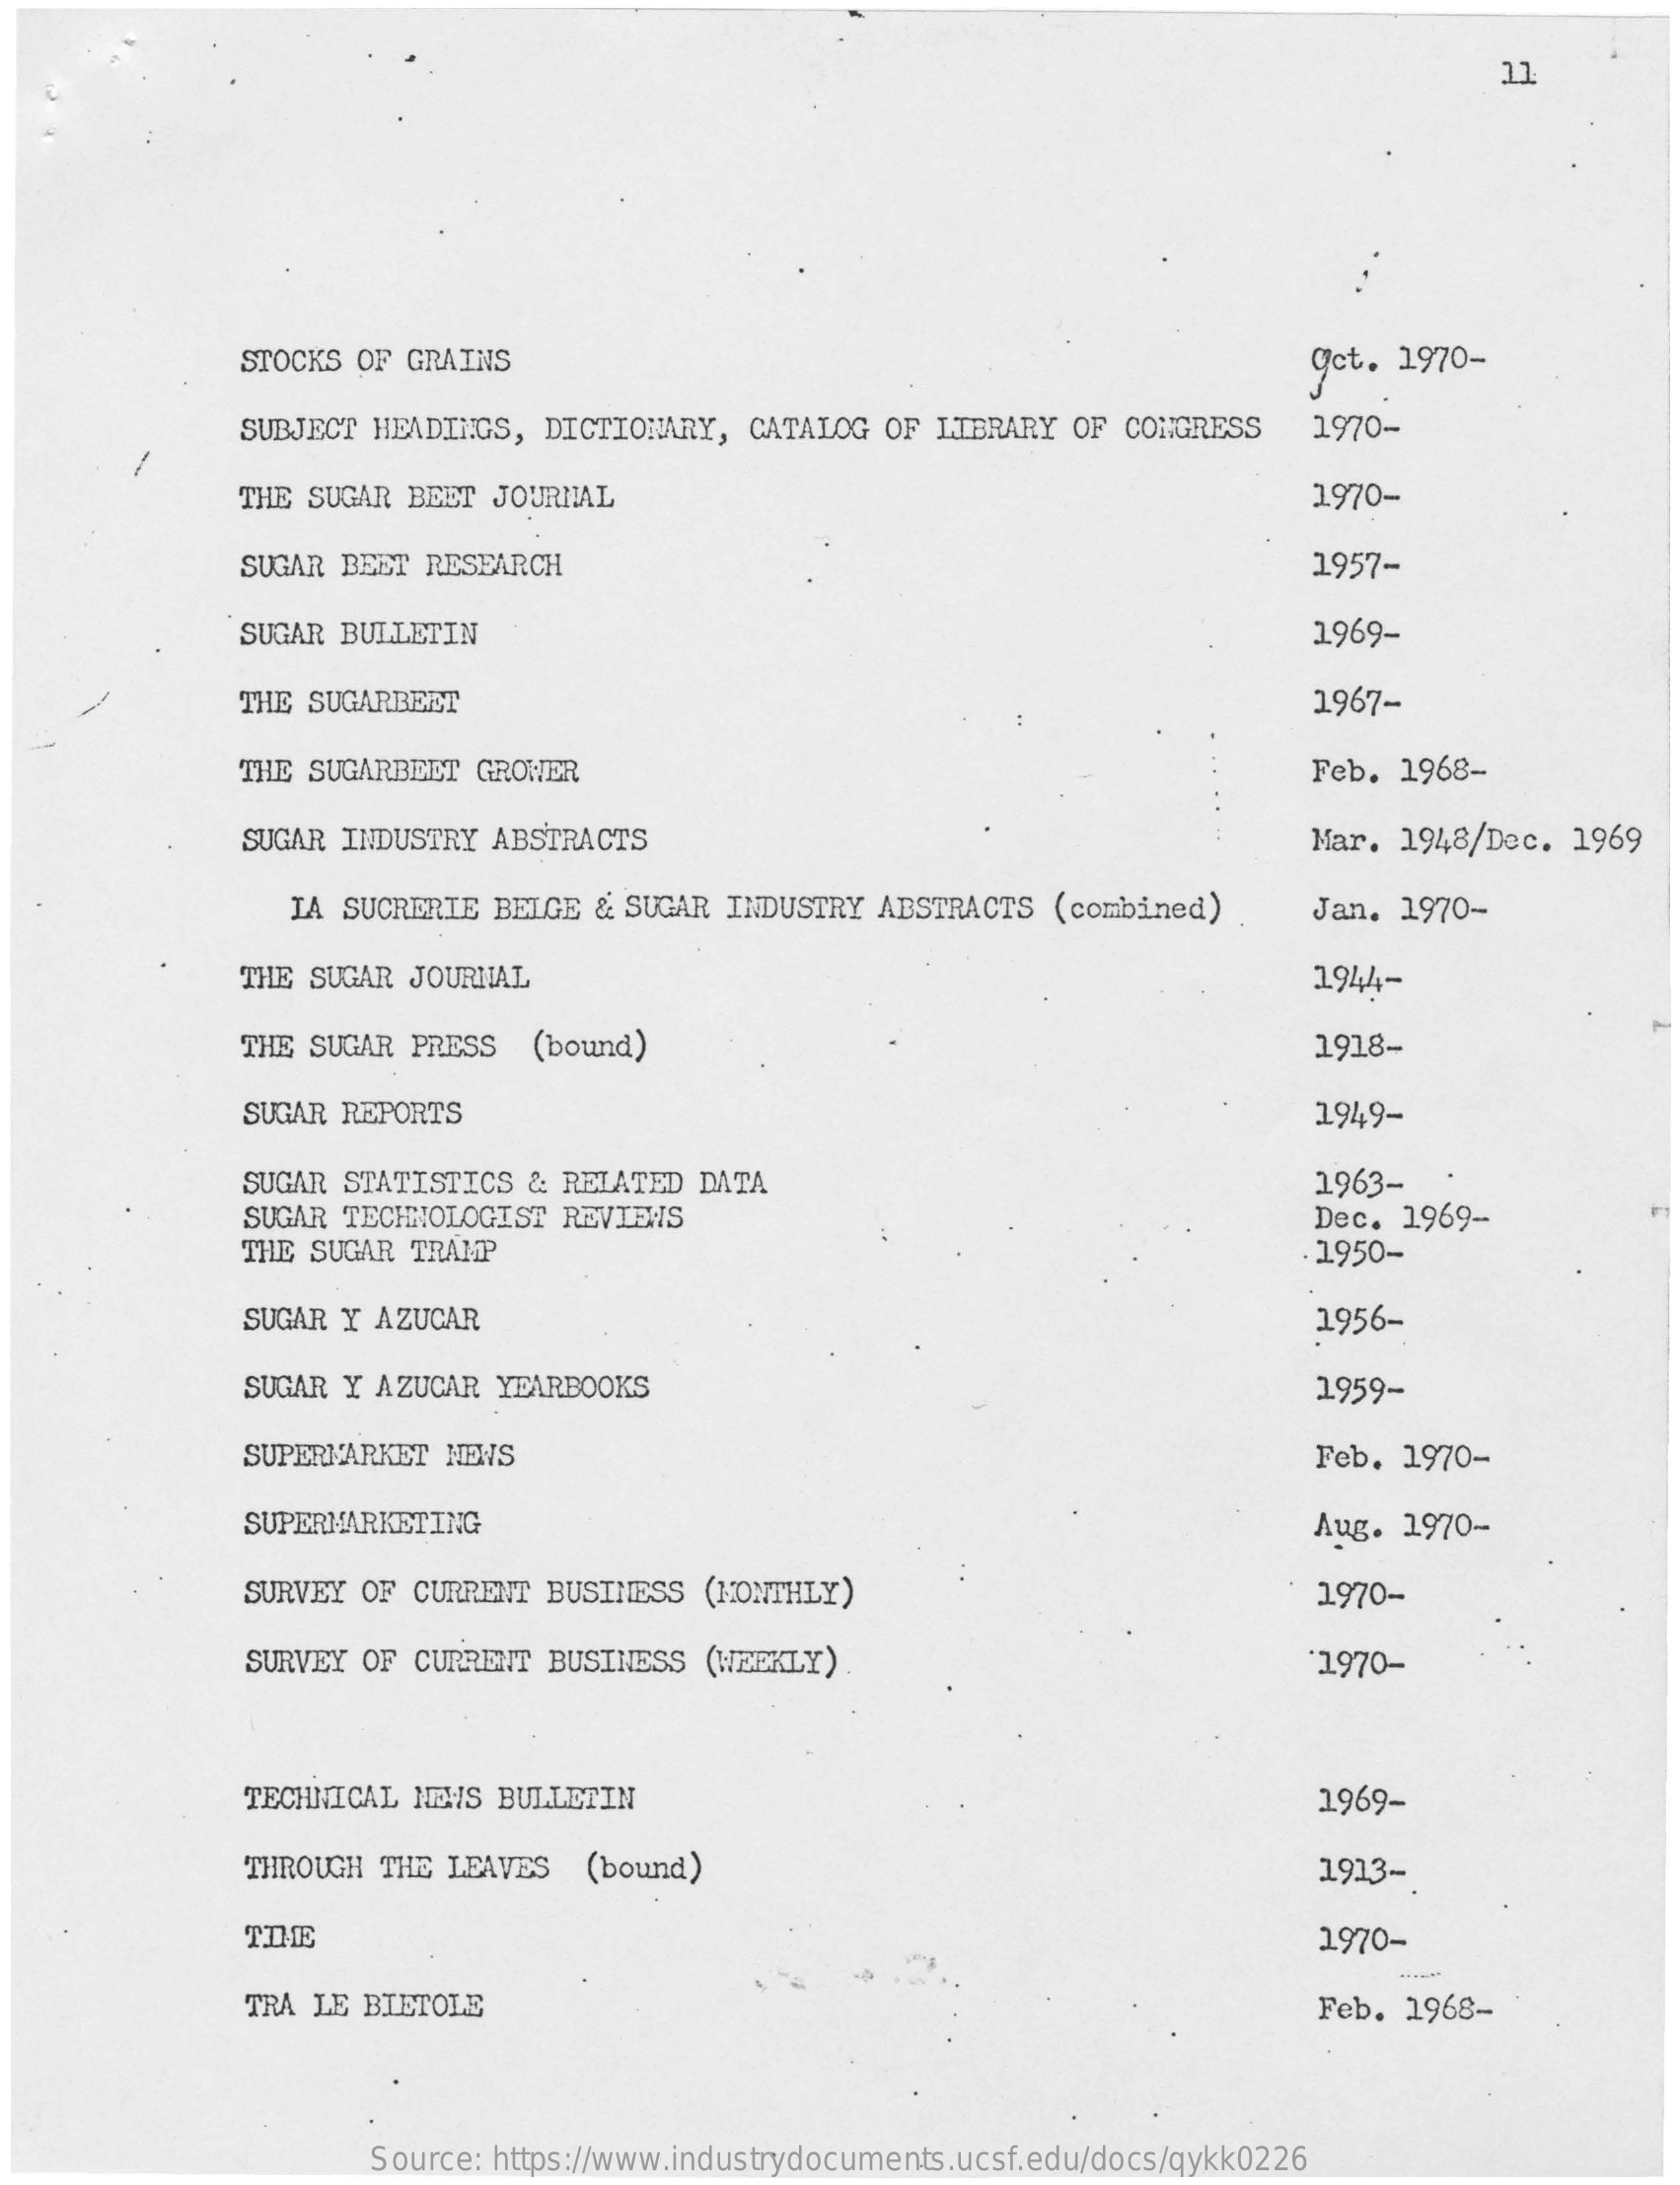
11
     STOCKS OF  GRAINS    Oct. 1970-
     SUBJECT HEADINGS,  DICTIONARY,  CATALOG  OF LIBRARY OF  CONGRESS    1970-
     THE SUGAR  BEET JOURNAL    1970-
     SUGAR BEET  RESEARCH    1957-
     SUGAR BULLETIN    1969-
     THE SUGARBEET    1967-
     THE SUGARBEET  GROWER    Feb. 1968-
     SUGAR INDUSTRY  ABSTRACTS    Mar. 1948/Dec.  1969
     LA SUCRERIE BELGE & SUGAR  INDUSTRY ABSTRACTS  (combined)    Jan. 1970-
     THE SUGAR  JOURNAL    1944-
     THE SUGAR PRESS   (bound)    1918-
     SUGAR REPORTS    1949-
     SUGAR  STATISTICS & RELATED  DATA    1963-
     SUGAR TECHNOLOGIST REVIENS    Dec. 1969-
     THE SUGAR TRAMP    1950-
     SUGAR Y AZUCAR    1956-
     SUGAR Y AZUCAR YEARBOOKS    1959-
     SUPERMARKET NEWS    Feb. 1970-
     SUPERMARKETING    Aug. 1970-
     SURVEY OF CURRENT BUSINESS  (MONTHLY)    1970-
     SURVEY OF CURRENT BUSINESS  (WEEKLY).    1970-
     TECHNICAL NEWS BULLETIN    1969-
     THROUGH THE LEAVES   (bound)    1913-
     THE    1970-
     TRA LE BIETOLE    Feb. 1968-
     Source: https://www.industrydocuments.ucsf.edu/docs/qykk0226